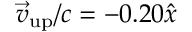
\vec { v } _ { \mathrm { u p } } / c = - 0 . 2 0 \hat { x }